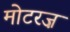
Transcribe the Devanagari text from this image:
मोटरज़